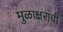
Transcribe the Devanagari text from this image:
मुळाक्षरांची